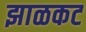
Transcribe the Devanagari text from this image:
झाळकट